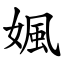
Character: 㜄